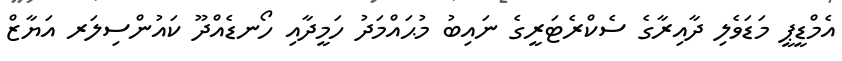
އެމްޑީޕީ މަޑަވެލި ދާއިރާގެ ސެކްރެޓަރީގެ ނައިބު މުޙައްމަދު ހަމީދާއި ހޯނޑެއްދޫ ކައުންސިލަރ އަޔާޒް